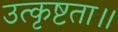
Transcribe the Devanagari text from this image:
उत्कृष्टता॥